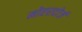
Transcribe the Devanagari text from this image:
मोएरदोर्ज